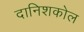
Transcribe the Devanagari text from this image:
दानिशकोल